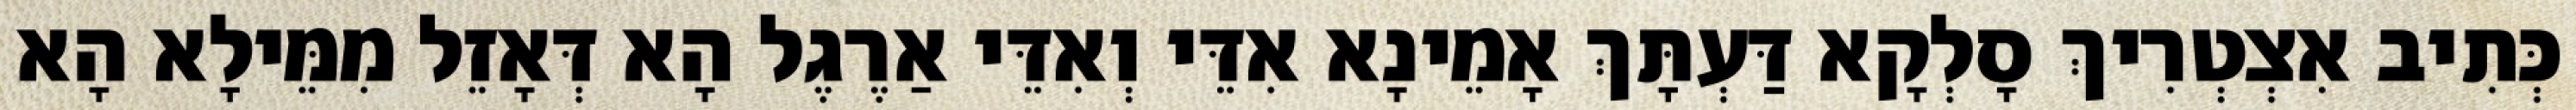
כְּתִיב אִצְטְרִיךְ סָלְקָא דַּעְתָּךְ אָמֵינָא אִדֵּי וְאִדֵּי אַרֶגֶל הָא דְּאָזֵל מִמֵּילָא הָא